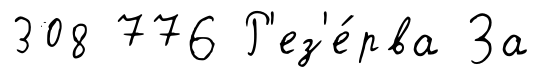
308 776 Р'ез'е́рва За